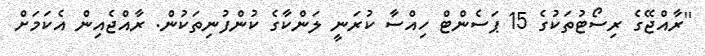
''ރާއްޖޭގެ ރިސޯޓުތަކުގެ 15 ޕަސެންޓް ހިއްސާ ކުރަނީ ލަންކާގެ ކުންފުނިތަކުން. ރާއްޖެއިން އެކަމަށް